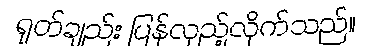
ရုတ်ချည်း ပြန်လှည့်လိုက်သည်။